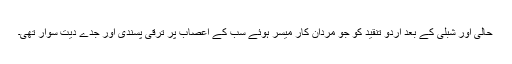
حالی اور شبلی کے بعد اردو تنقید کو جو مردان کار میسر ہوئے سب کے اعصاب پر ترقی پسندی اور جدے دیت سوار تھی۔